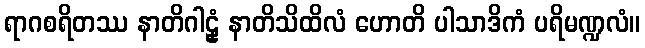
ရာဂစရိတဿ နာတိဂါဠှံ နာတိသိထိလံ ဟောတိ ပါသာဒိကံ ပရိမဏ္ဍလံ။